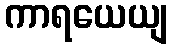
ကာရယေယျ